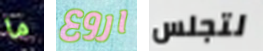
ما اروع لتجلس